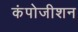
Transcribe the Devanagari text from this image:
कंपोजीशन